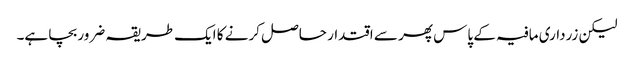
لیکن زرداری مافیہ کے پاس پھر سے اقتدار حاصل کرنے کا ایک طریقہ ضرور بچا ہے۔